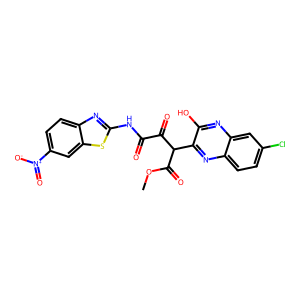
SMILES: COC(=O)C(C(=O)C(=O)Nc1nc2ccc([N+](=O)[O-])cc2s1)c1nc2ccc(Cl)cc2nc1O
Inhibits HIV replication: No